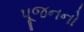
પૂજનનો